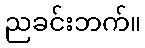
ညခင်းဘက်။